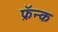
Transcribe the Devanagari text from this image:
फ्रॅन्क